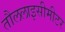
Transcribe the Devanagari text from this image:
तौललाइसीमीटर